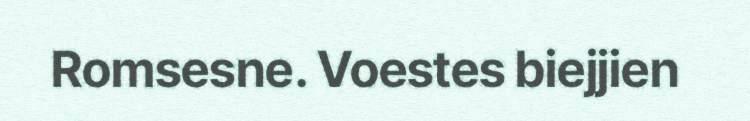
Romsesne. Voestes biejjien